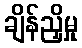
ချိန်ညှိမှု